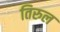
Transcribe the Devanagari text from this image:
तिरुल